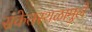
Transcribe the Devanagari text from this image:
संकेतस्थळामुले